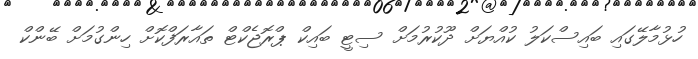
ހުޅުމާލޭގައި ބައިސްކަލު ކުއްޔަށް ދޫކުރުމަށް ސިޓީ ބައިކް ޕްރޮޖެކްޓް ތައާރަފްކޮށް ހިންގުމަށް ބޭންކް